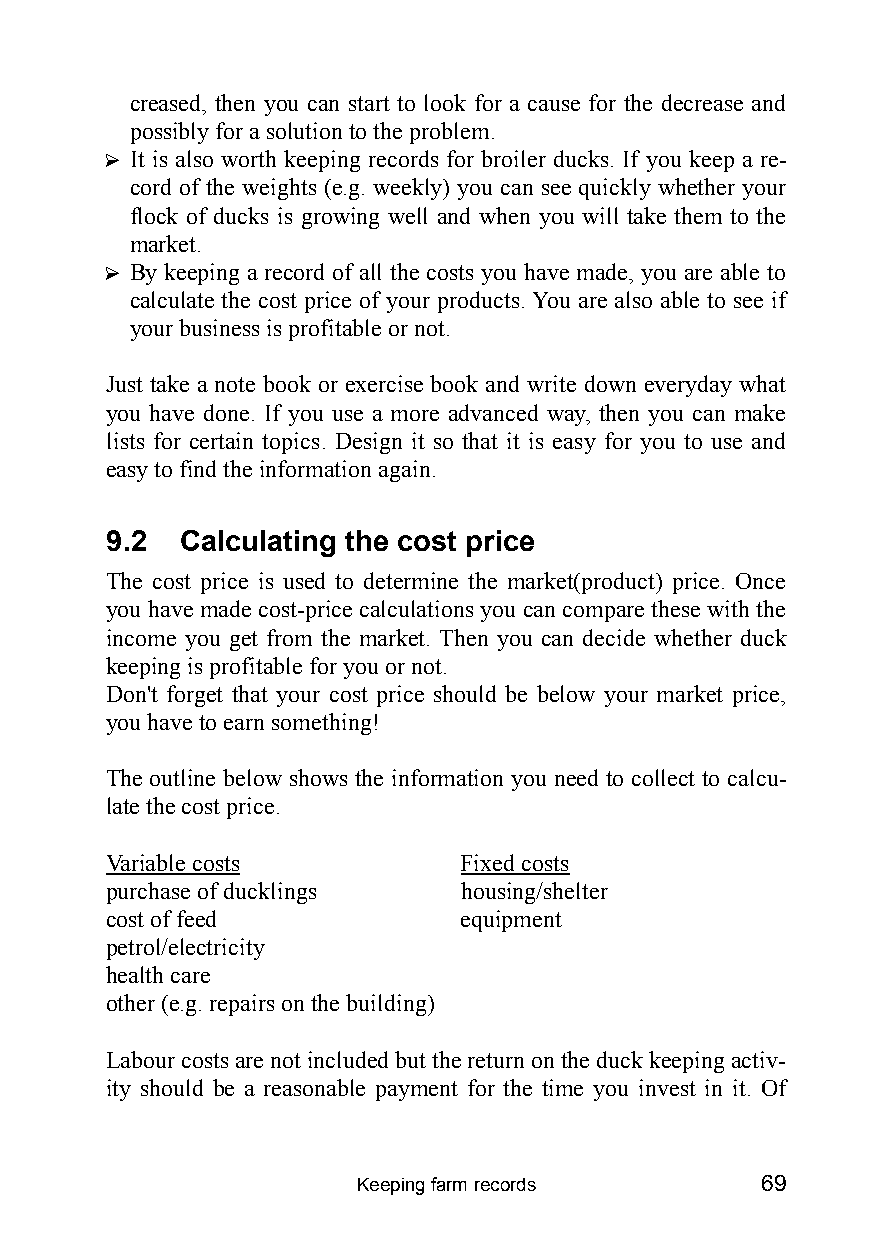
creased, then you can start to look for a cause for the decrease and
 possibly for a solution to the problem.
 ? It is also worth keeping records for broiler ducks. If you keep a re-
 cord of the weights (e.g. weekly) you can see quickly whether your
 flock of ducks is growing well and when you will take them to the
 market.
 ? By keeping a record of all the costs you have made, you are able to
 calculate the cost price of your products. You are also able to see if
 your business is profitable or not.
 Just take a note book or exercise book and write down everyday what
 you have done. If you use a more advanced way, then you can make
 lists for certain topics. Design it so that it is easy for you to use and
 easy to find the information again.
 9.2  Calculating the cost price
 The cost price is used to determine the market(product) price. Once
 you have made cost-price calculations you can compare these with the
 income you get from the market. Then you can decide whether duck
 keeping is profitable for you or not.
 Don’t forget that your cost price should be below your market price,
 you have to earn something!
 The outline below shows the information you need to collect to calcu-
 late the cost price.
 Variable costs         Fixed costs
 purchase of ducklings   housing/shelter
 cost of feed           equipment
 petrol/electricity
 health care
 other (e.g. repairs on the building)
 Labour costs are not included but the return on the duck keeping activ-
 ity should be a reasonable payment for the time you invest in it. Of
 Keeping farm records      69